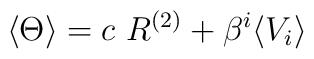
\langle \Theta \rangle = c~R^{(2)} + \beta^i \langle V_i \rangle